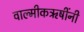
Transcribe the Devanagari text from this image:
वाल्मीकऋषींनी